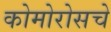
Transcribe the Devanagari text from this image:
कोमोरोसचे